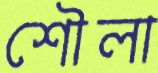
শৌলা